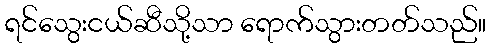
ရင်သွေးငယ်ဆီသို့သာ ရောက်သွားတတ်သည်။